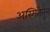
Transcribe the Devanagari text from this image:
अस्मितेतुन